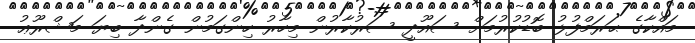
މައްކާގެ ޙަރަމްފުޅު ބޮޑުކުރުމަށް ސައޫދީ ސަރުކާރުން މިހާރު ހިންގަމުން ގެންދާ ބިޔަ މަޝްރޫޢު